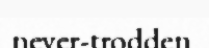
never-trodden